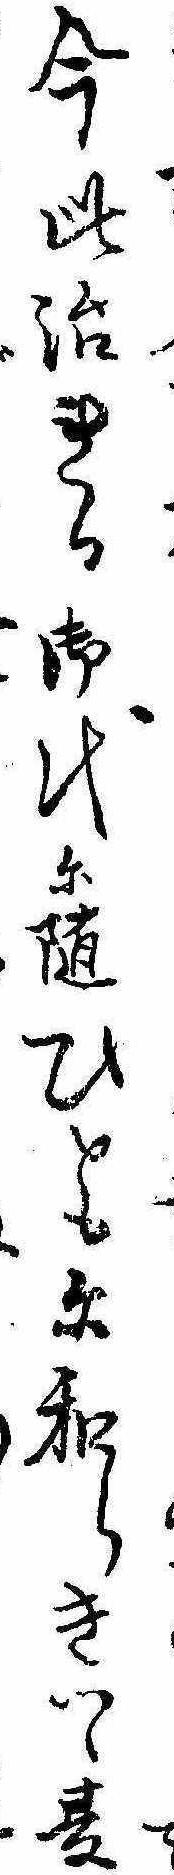
今此治れる御代に随ひともに和らきつゝ夏